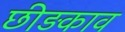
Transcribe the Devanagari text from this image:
छीड़काव